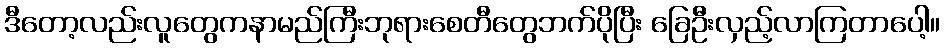
ဒီတော့လည်းလူတွေကနာမည်ကြီးဘုရားစေတီတွေဘက်ပိုပြီး ခြေဦးလှည့်လာကြတာပေါ့။